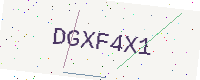
Text: DGXF4X1